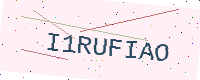
Text: I1RUFIAO